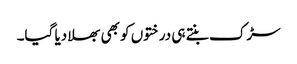
سڑک بنتے ہی درختوں کو بھی بھلا دیا گیا۔